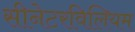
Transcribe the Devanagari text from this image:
सीनेटरविलियम